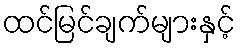
ထင်မြင်ချက်များနှင့်